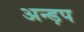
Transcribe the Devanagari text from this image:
अन्ड़प